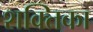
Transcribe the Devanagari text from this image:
शक्तिका